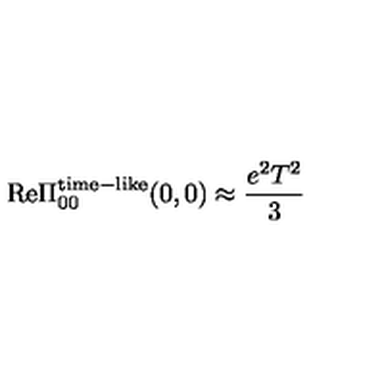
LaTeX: \mathrm { R e } \Pi _ { 0 0 } ^ { \mathrm { t i m e } - \mathrm { l i k e } } ( 0 , 0 ) \approx { \frac { e ^ { 2 } T ^ { 2 } } { 3 } }